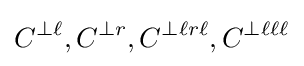
C^{\perp \ell },C^{\perp r},C^{\perp \ell r\ell },C^{\perp \ell \ell \ell }